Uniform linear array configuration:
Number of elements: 64
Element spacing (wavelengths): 1
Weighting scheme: cosine
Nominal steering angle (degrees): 60
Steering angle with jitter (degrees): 58.688
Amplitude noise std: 0.05
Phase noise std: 0.05

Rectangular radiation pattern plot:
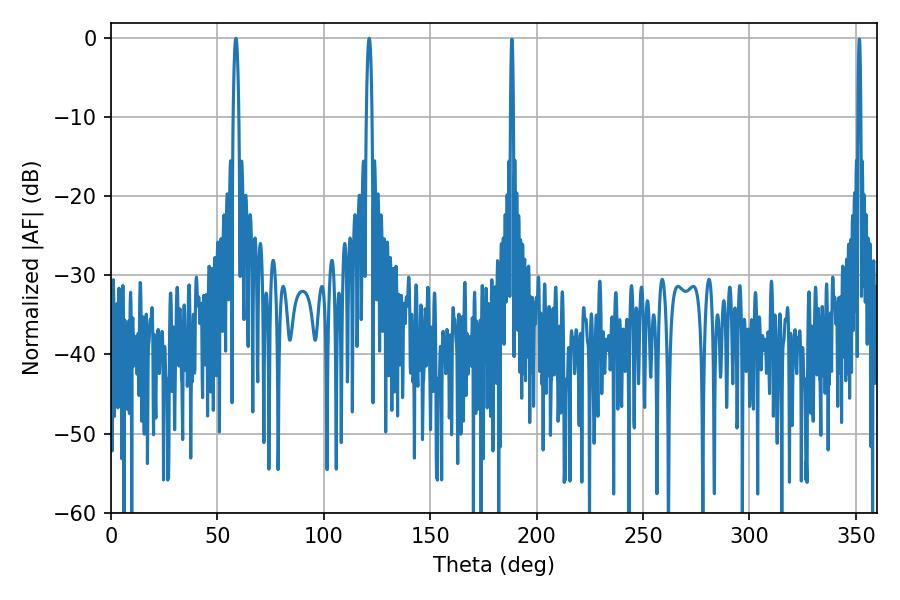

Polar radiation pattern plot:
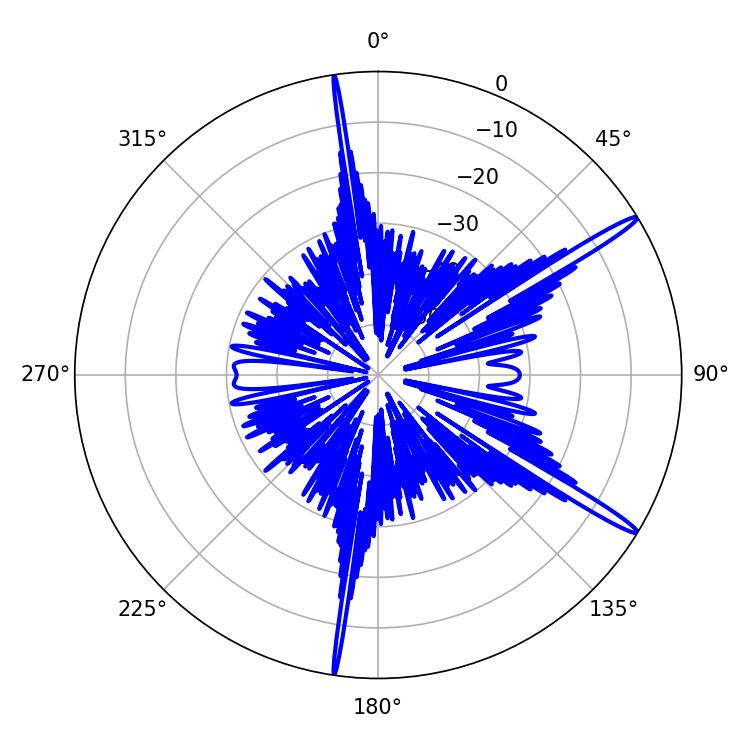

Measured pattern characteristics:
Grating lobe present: TRUE
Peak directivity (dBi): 16.294
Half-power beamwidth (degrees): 1.44
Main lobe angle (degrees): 58.68